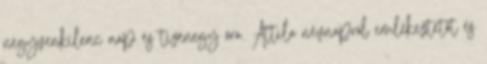
negyvenkilenc nap és tizenegy óra. Attila névnapról emlékeztetőt és